system: You are a helpful assistant.
user:
Analyze the provided spectrum to determine if it is a **S-type Star**.

- **Key Indicators for S-type Star:**

    - **(Overall Spectrum Shape):** The first and most obvious characteristic is the overall continuum (the "baseline" shape). It is **extremely "red-sloping,"** meaning the flux (light intensity) is very low on the left side (blue, ~4000-4500 Å) and rises steeply and continuously toward the right side (red, ~7000 Å+).

    - **(Primary):** The spectrum is defined by the presence of strong, broad molecular absorption "valleys" (bands) from **Zirconium Oxide (ZrO)**. The identification of these bands is the **primary requirement** for classifying a star as S-type.
        - **(Key Bandheads):** You must find distinct, deep "dips" where the light has been absorbed. The most critical band systems to locate are:
            - **~6474 Å** ($\gamma$-system): This is often the strongest and clearest ZrO feature, found in the red part of the spectrum.
            - **~5718 Å** & **~5551 Å** ($\beta$-system): A pair of prominent absorption features in the yellow-orange part of the spectrum.
            - **~4640 Å** ($\alpha$-system): A key absorption band system in the blue-green region of the spectrum.

    - **(Secondary Confirmation):** The classification is strengthened by finding additional absorption bands from other related heavy element oxides, which are expected to be present alongside ZrO.
        - **(Key Bandheads):**
            - **Yttrium Oxide (YO):** Look for absorption dips near **~4800 Å** and **~6100 Å**.
            - **Lanthanum Oxide (LaO):** Additional absorption features, particularly in the red-orange part of the spectrum, are also characteristic.

    - **(Line Profile):** The combination of the steep red continuum and these numerous, deep molecular bands (ZrO, YO, etc.) gives the entire spectrum a very **"chopped-up"** or **"bumpy"** appearance. Instead of a smooth curve, the spectrum looks as though large, wide chunks of light have been "carved out" of it at the specific wavelengths listed above.

Think first, call **spectral_visualization_tool** if needed to examine features in detail, then provide your final answer. Your response must adhere to the following strict rules:
1.  **Overall Structure:** Your response must follow the format `<think>...</think> <tool_call>...</tool_call> (if a tool is used) <answer>...</answer>`.
2.  **Tool Usage Constraint:** You may only make **one** tool call per turn.
3.  **Final Answer Format:** In the `<answer>` tag, your conclusion must be inside a `\boxed{}` command (e.g., `\boxed{YES}` or `\boxed{NO}`), followed by your justification.

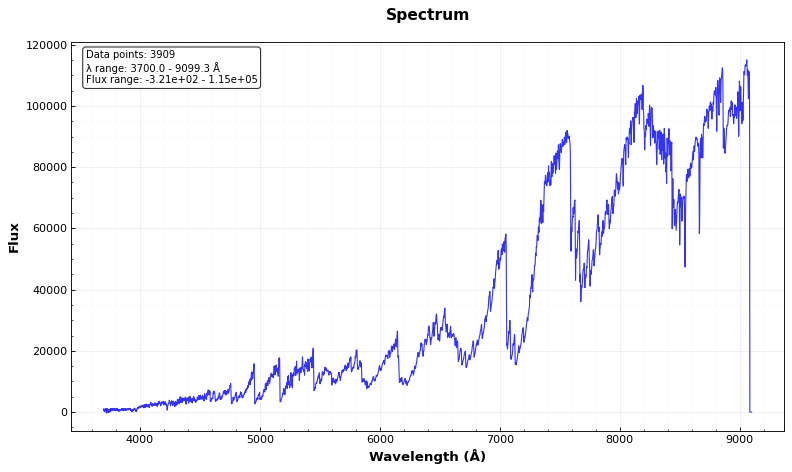
Answer: YES